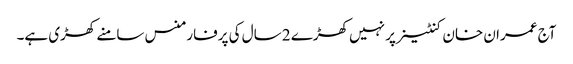
آج عمران خان کنٹینر پر نہیں کھڑے 2 سال کی پرفارمنس سامنے کھڑی ہے۔